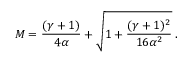
M = { \frac { ( \gamma + 1 ) } { 4 \alpha } } + \sqrt { 1 + { \frac { ( \gamma + 1 ) ^ { 2 } } { 1 6 \alpha ^ { 2 } } } } \; .